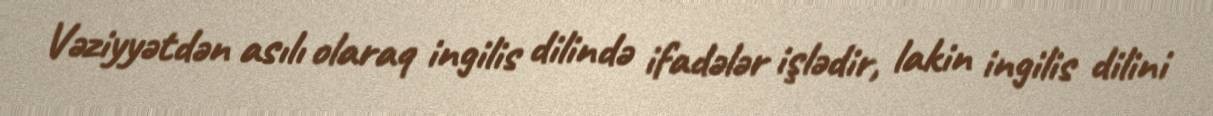
Vəziyyətdən asılı olaraq ingilis dilində ifadələr işlədir, lakin ingilis dilini